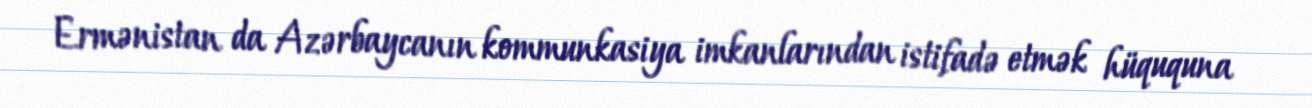
Ermənistan da Azərbaycanın kommunkasiya imkanlarından istifadə etmək hüququna